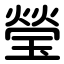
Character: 瑩